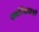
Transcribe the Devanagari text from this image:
फ्लोरेंसवासी